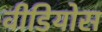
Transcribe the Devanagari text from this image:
वीडियोस